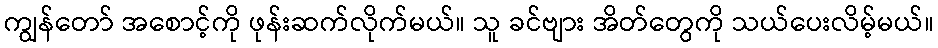
ကျွန်တော် အစောင့်ကို ဖုန်းဆက်လိုက်မယ်။ သူ ခင်ဗျား အိတ်တွေကို သယ်ပေးလိမ့်မယ်။